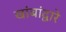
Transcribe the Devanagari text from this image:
खांबांद्वारे